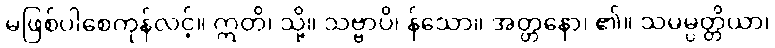
မဖြစ်ပါစေကုန်လင့်။ ဣတိ၊ သို့။ သဗ္ဗာပိ၊ န်သော။ အတ္တနော၊ ၏။ သမမ္ပတ္တိယာ၊